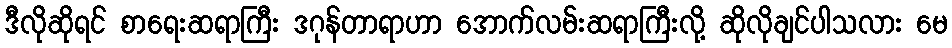
ဒီလိုဆိုရင် စာရေးဆရာကြီး ဒဂုန်တာရာဟာ အောက်လမ်းဆရာကြီးလို့ ဆိုလိုချင်ပါသလား မေ